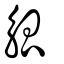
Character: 觚